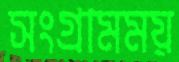
সংগ্রামময়